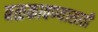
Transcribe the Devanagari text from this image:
बळकावण्यासाठी